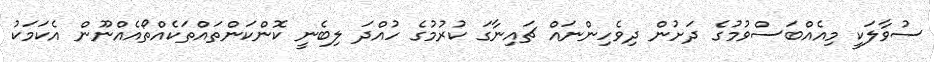
ސުވާލަކީ މިއެއްބަސްވުމުގެ ދަށުން ދިވެހިންނައް ޗައިނާގަ ކުރުމުގެ ހުއްދަ ލިބެނީ ކޮންކަންތައްތަކެއްތޯއެއްނޫން އެކަމަކު